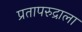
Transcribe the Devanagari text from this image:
प्रतापरुद्राला